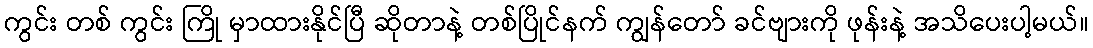
ကွင်း တစ် ကွင်း ကြို မှာထားနိုင်ပြီ ဆိုတာနဲ့ တစ်ပြိုင်နက် ကျွန်တော် ခင်ဗျားကို ဖုန်းနဲ့ အသိပေးပါ့မယ်။